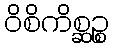
ဝိစိကိစ္ဆဉ္စ